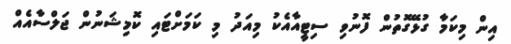
އިން މިކަމާ ގުޅޭގޮތުން ފޮނުވި ސިޓީއާއެކު މިއަދު މި ކަމަށްޓައި ކޮމިޝަނުން ޖަލްސާއެއް